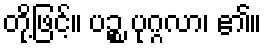
တို့ဖြင့်။ ပဉ္စ ပုဂ္ဂလာ၊ ၏။